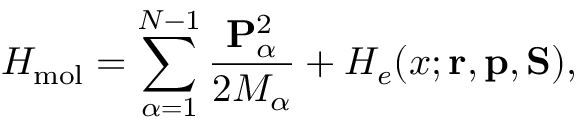
H _ { \mathrm { m o l } } = \sum _ { \alpha = 1 } ^ { N - 1 } \frac { { \mathbf { P } } _ { \alpha } ^ { 2 } } { 2 M _ { \alpha } } + H _ { e } ( x ; { \mathbf { r } } , { \mathbf { p } } , { \mathbf { S } } ) ,